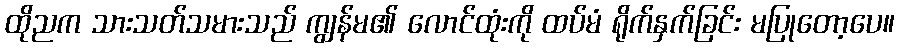
ထိုညက သားသတ်သမားသည် ကျွန်မ၏ လောင်ထုံးကို ထပ်မံ ရိုက်နှက်ခြင်း မပြုတော့ပေ။